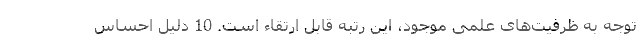
توجه به ظرفیت‌های علمی موجود، این رتبه قابل ارتقاء است. 10 دلیل احساس